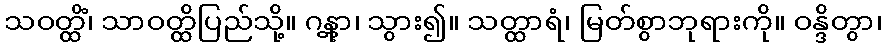
သဝတ္ထိံ၊ သာဝတ္ထိပြည်သို့။ ဂန္တွာ၊ သွား၍။ သတ္ထာရံ၊ မြတ်စွာဘုရားကို။ ဝန္ဒိတွာ၊